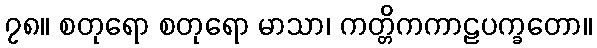
၇၈။ စတုရော စတုရော မာသာ၊ ကတ္တိကကာဠပက္ခတော။